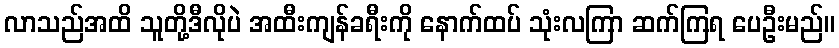
လာသည်အထိ သူတို့ဒီလိုပဲ အထီးကျန်ခရီးကို နောက်ထပ် သုံးလကြာ ဆက်ကြရ ပေဦးမည်။